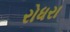
રોધરા